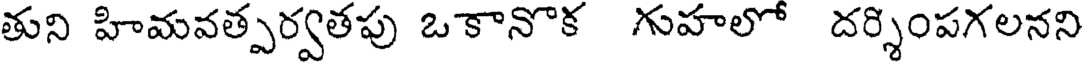
తుని హిమవత్పర్వతపు ఒకానొక గుహలో దర్శింపగలనని